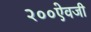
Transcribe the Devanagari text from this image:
२००ऐवजी